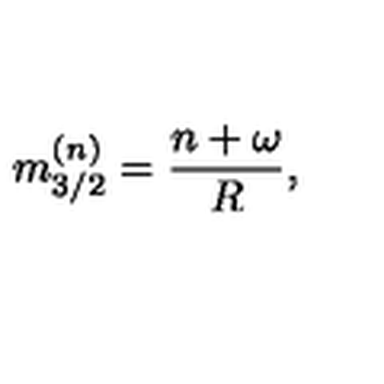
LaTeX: m _ { 3 / 2 } ^ { ( n ) } = \frac { n + \omega } { R } ,